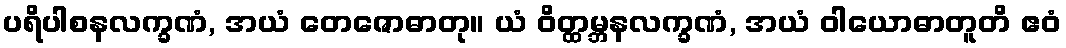
ပရိပါစနလက္ခဏံ, အယံ တေဇောဓာတု။ ယံ ဝိတ္ထမ္ဘနလက္ခဏံ, အယံ ဝါယောဓာတူတိ ဧဝံ